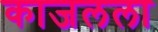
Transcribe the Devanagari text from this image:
काजलला